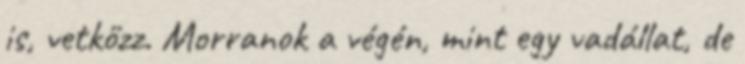
is, vetkőzz. Morranok a végén, mint egy vadállat, de